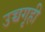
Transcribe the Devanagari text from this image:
उच्चगृही